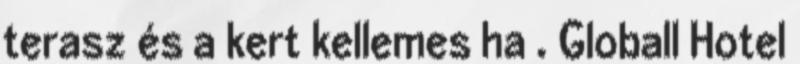
terasz és a kert kellemes ha . Globall Hotel